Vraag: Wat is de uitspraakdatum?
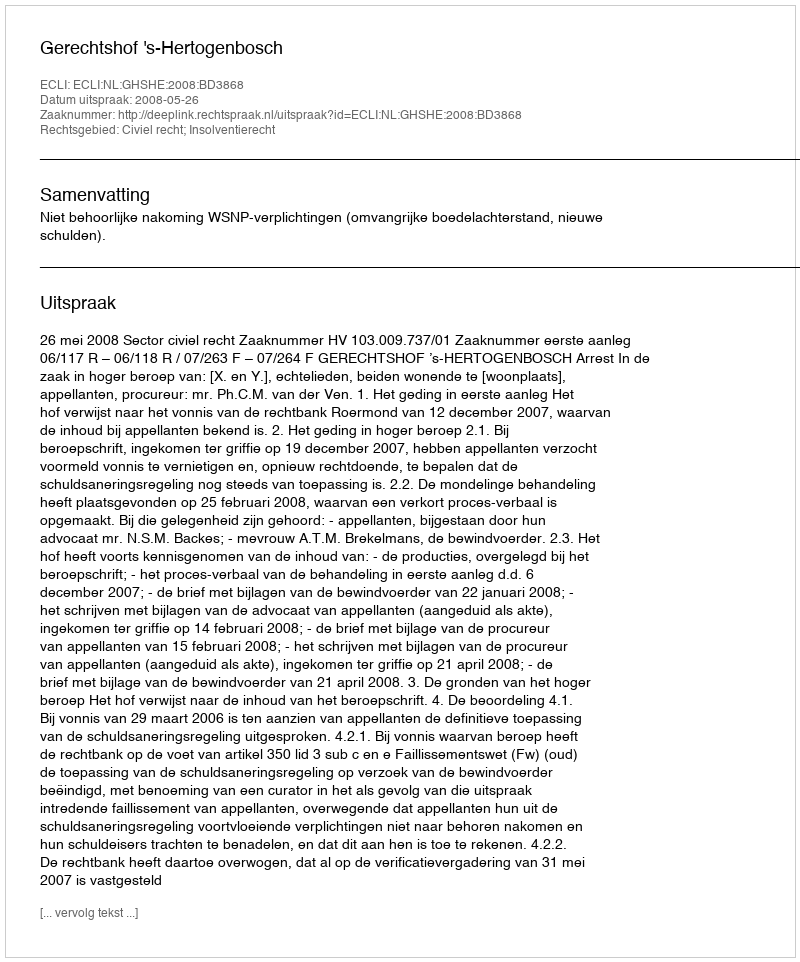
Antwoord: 2008-05-26